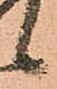
候